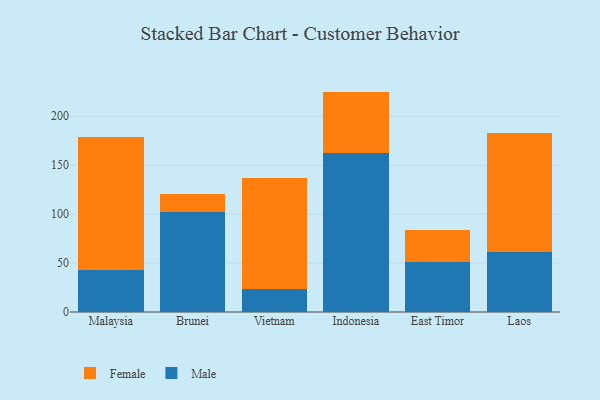
{"axis": {"x": "Country", "y": "Market Share (%)"}, "legend": ["Female", "Male"], "data": [{"x": "Malaysia", "y": 42.7, "type": "Male"}, {"x": "Malaysia", "y": 136.3, "type": "Female"}, {"x": "Brunei", "y": 102.4, "type": "Male"}, {"x": "Brunei", "y": 17.8, "type": "Female"}, {"x": "Vietnam", "y": 23.3, "type": "Male"}, {"x": "Vietnam", "y": 114.0, "type": "Female"}, {"x": "Indonesia", "y": 162.0, "type": "Male"}, {"x": "Indonesia", "y": 63.1, "type": "Female"}, {"x": "East Timor", "y": 50.9, "type": "Male"}, {"x": "East Timor", "y": 32.9, "type": "Female"}, {"x": "Laos", "y": 61.7, "type": "Male"}, {"x": "Laos", "y": 120.7, "type": "Female"}]}